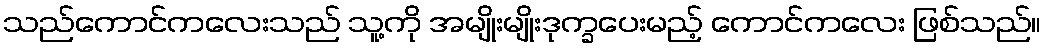
သည်ကောင်ကလေးသည် သူ့ကို အမျိုးမျိုးဒုက္ခပေးမည့် ကောင်ကလေး ဖြစ်သည်။